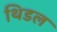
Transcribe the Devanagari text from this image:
थिडल